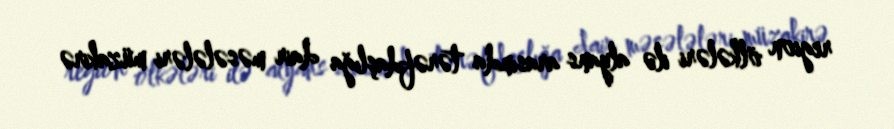
region ölkələri ilə alyans arasında tərəfdaşlığa dair məsələləri müzakirə